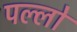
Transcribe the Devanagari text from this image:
पल्लो